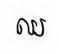
ឈ